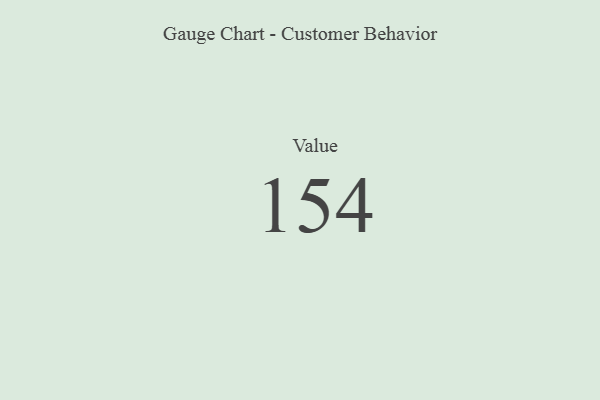
{"axis": {"x": "Metric", "y": "Value"}, "legend": [""], "data": [{"x": "Value", "y": 154, "type": ""}]}